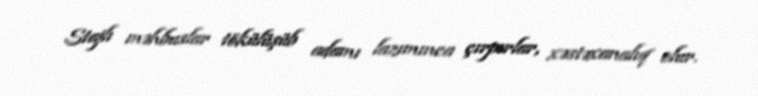
Stajlı məhbuslar tökülüşüb adamı lazımınca çırpırlar, xəstəxanalıq olur.